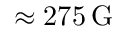
\approx 2 7 5 \, \mathrm { { G } }